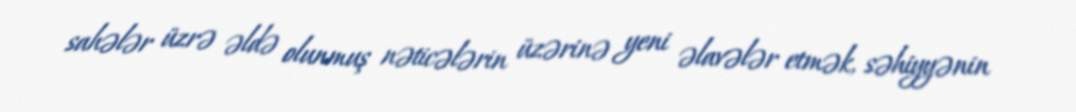
sahələr üzrə əldə olunmuş nəticələrin üzərinə yeni əlavələr etmək, səhiyyənin